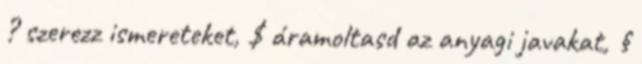
? szerezz ismereteket, $ áramoltasd az anyagi javakat, §